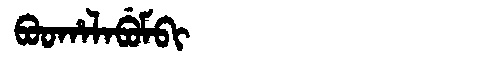
Manchu: ᠪᠣᠣᡥᠠᠯᠠᠪᡠᠮᠪᡳ
Romanization: BOOHALABUMBI